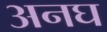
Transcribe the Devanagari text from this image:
अनघ